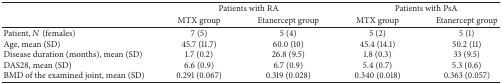
<table><thead><tr><td><b> </b></td><td colspan="2"><b>Patients with RA</b></td><td colspan="2"><b>Patients with PsA</b></td></tr><tr><td><b> </b></td><td><b>MTX group</b></td><td><b>Etanercept group</b></td><td><b>MTX group</b></td><td><b>Etanercept group</b></td></tr></thead><tbody><tr><td>Patient, <i>N</i> (females) </td><td>7 (5) </td><td>5 (4) </td><td>5 (2) </td><td>5 (1)</td></tr><tr><td>Age, mean (SD)</td><td>45.7 (11.7)</td><td>60.0 (10)</td><td>45.4 (14.1)</td><td>50.2 (11)</td></tr><tr><td>Disease duration (months), mean (SD)</td><td>1.7 (0.2)</td><td>26.8 (9.5)</td><td>1.8 (0.3)</td><td>33 (9.5)</td></tr><tr><td>DAS28, mean (SD)</td><td>6.6 (0.9)</td><td>6.7 (0.9)</td><td>5.4 (0.7) </td><td>5.3 (0.6)</td></tr><tr><td>BMD of the examined joint, mean (SD)</td><td>0.291 (0.067)</td><td>0.319 (0.028)</td><td>0.340 (0.018)</td><td>0.363 (0.057)</td></tr></tbody></table>